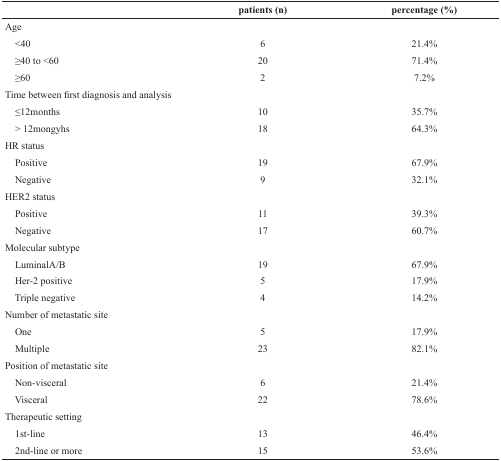
<table><thead><tr><td></td><td><b>patients (n)</b></td><td><b>percentage (%)</b></td></tr></thead><tbody><tr><td>Age</td><td></td><td></td></tr><tr><td> &lt;40</td><td>6</td><td>21.4%</td></tr><tr><td> ≥40 to &lt;60</td><td>20</td><td>71.4%</td></tr><tr><td> ≥60</td><td>2</td><td>7.2%</td></tr><tr><td>Time between first diagnosis and analysis</td><td></td><td></td></tr><tr><td> ≤12months</td><td>10</td><td>35.7%</td></tr><tr><td> &gt; 12mongyhs</td><td>18</td><td>64.3%</td></tr><tr><td>HR status</td><td></td><td></td></tr><tr><td> Positive</td><td>19</td><td>67.9%</td></tr><tr><td> Negative</td><td>9</td><td>32.1%</td></tr><tr><td>HER2 status</td><td></td><td></td></tr><tr><td> Positive</td><td>11</td><td>39.3%</td></tr><tr><td> Negative</td><td>17</td><td>60.7%</td></tr><tr><td>Molecular subtype</td><td></td><td></td></tr><tr><td> LuminalA/B</td><td>19</td><td>67.9%</td></tr><tr><td> Her-2 positive</td><td>5</td><td>17.9%</td></tr><tr><td> Triple negative</td><td>4</td><td>14.2%</td></tr><tr><td>Number of metastatic site</td><td></td><td></td></tr><tr><td> One</td><td>5</td><td>17.9%</td></tr><tr><td> Multiple</td><td>23</td><td>82.1%</td></tr><tr><td>Position of metastatic site</td><td></td><td></td></tr><tr><td> Non-visceral</td><td>6</td><td>21.4%</td></tr><tr><td> Visceral</td><td>22</td><td>78.6%</td></tr><tr><td>Therapeutic setting</td><td></td><td></td></tr><tr><td> 1st-line</td><td>13</td><td>46.4%</td></tr><tr><td> 2nd-line or more</td><td>15</td><td>53.6%</td></tr></tbody></table>